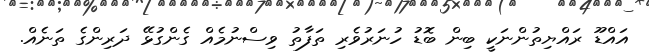
އައްޑޫ ރައްޔިތުންނަކީ ބިން ބޮޑު ހުނަރުވެރި ތަފާތު ވިސްނުމެއް ގެންގުޅޭ ދަރިންގެ ތަނެއް.